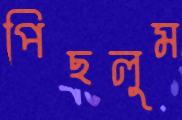
পিছলুম